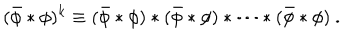
( \bar { \phi } \ast \phi ) ^ { k } \equiv ( \bar { \phi } \ast \phi ) \ast ( \bar { \phi } \ast \phi ) \ast \cdots \ast ( \bar { \phi } \ast \phi ) ~ .